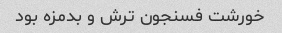
خورشت فسنجون ترش و بدمزه بود